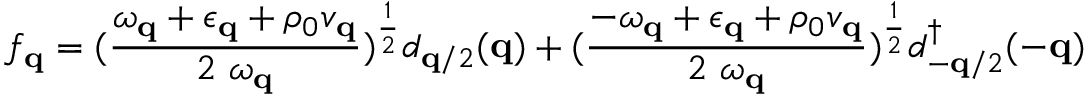
f _ { { \bf { q } } } = ( \frac { \omega _ { { \bf { q } } } + \epsilon _ { { \bf { q } } } + \rho _ { 0 } v _ { { \bf { q } } } } { 2 \mathrm { ~ } \omega _ { { \bf { q } } } } ) ^ { \frac { 1 } { 2 } } d _ { { \bf { q } } / 2 } ( { \bf { q } } ) + ( \frac { - \omega _ { { \bf { q } } } + \epsilon _ { { \bf { q } } } + \rho _ { 0 } v _ { { \bf { q } } } } { 2 \mathrm { ~ } \omega _ { { \bf { q } } } } ) ^ { \frac { 1 } { 2 } } d _ { - { \bf { q } } / 2 } ^ { \dagger } ( - { \bf { q } } )